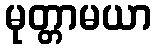
မုတ္တာမယာ